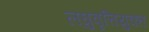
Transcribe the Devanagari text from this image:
लघुवृत्तियुक्त